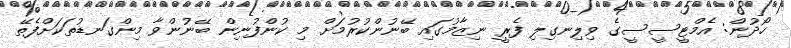
ހޯދުން: އެމްޓީސީސީގެ ވިލިނގިލި ފެރީ ނިޒާމުގައި ބޭނުންކުރުމަށް މި ކުންފުނިން ބޭނުންވާ މިންގަނޑުތަކަށްފެތޭ